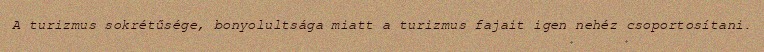
A turizmus sokrétűsége, bonyolultsága miatt a turizmus fajait igen nehéz csoportosítani.